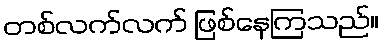
တစ်လက်လက် ဖြစ်နေကြသည်။